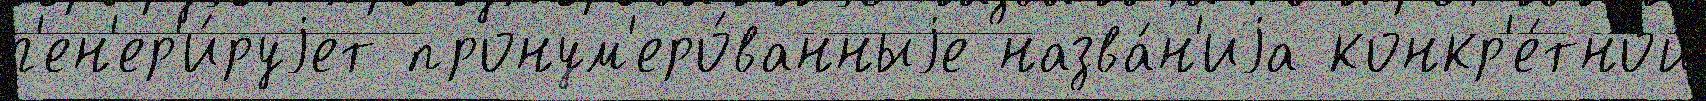
г'ен'ер'и́руjет пронум'еро́ванныjе назва́н'иjа конкр'е́тной